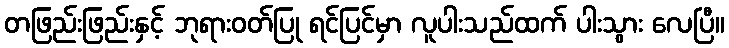
တဖြည်းဖြည်းနှင့် ဘုရားဝတ်ပြု ရင်ပြင်မှာ လူပါးသည်ထက် ပါးသွား လေပြီ။